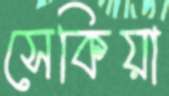
সেকিয়া